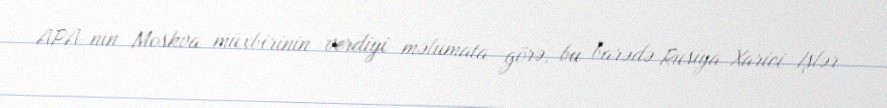
APA-nın Moskva müxbirinin verdiyi məlumata görə, bu barədə Rusiya Xarici İşlər